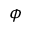
\phi